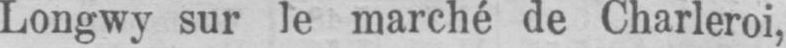
Longwy sur le marché de Charleroi,